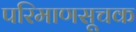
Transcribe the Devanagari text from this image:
परिमाणसूचक